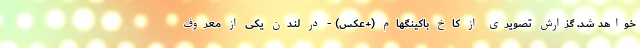
خواهد شد. گزارش تصویری از کاخ باکینگهام (+عکس) - در لندن یکی از معروف